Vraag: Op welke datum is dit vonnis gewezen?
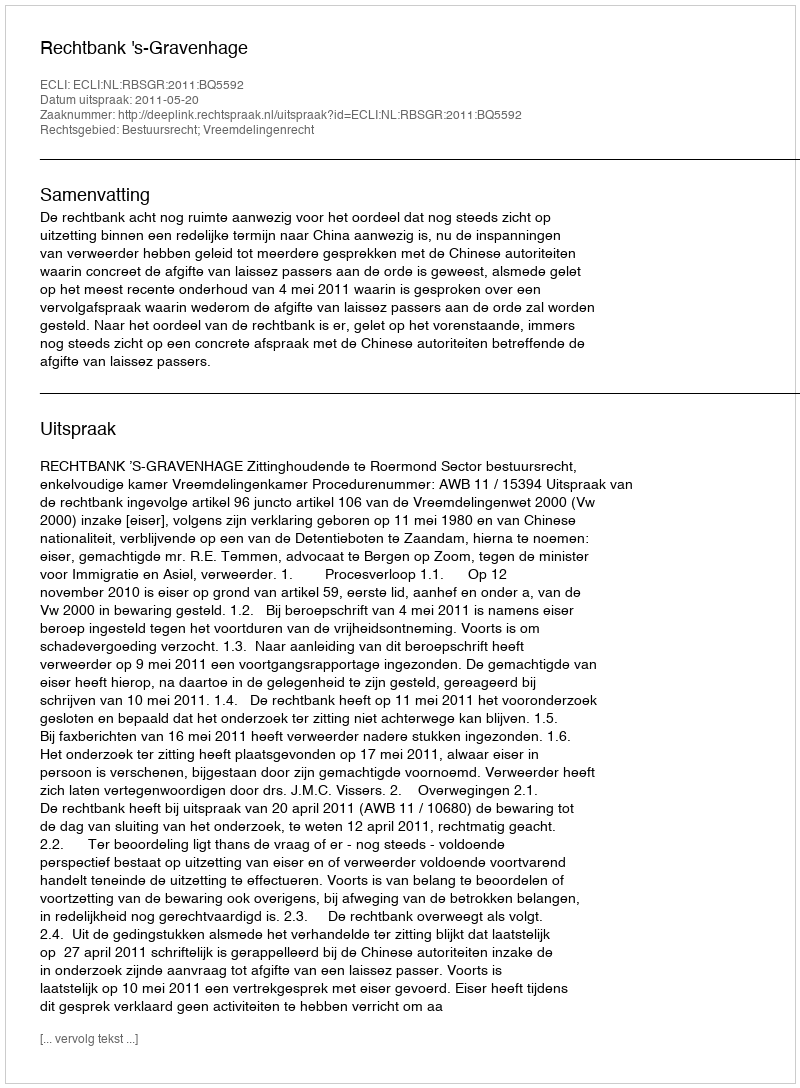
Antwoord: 2011-05-20